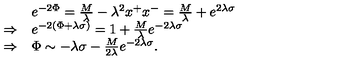
\begin{array} { l l } { \ } & { e ^ { - 2 \Phi } = { \frac { M } { \lambda } } - \lambda ^ { 2 } x ^ { + } x ^ { - } = { \frac { M } { \lambda } } + e ^ { 2 \lambda \sigma } } \\ { \Rightarrow } & { e ^ { - 2 \left( \Phi + \lambda \sigma \right) } = 1 + { \frac { M } { \lambda } } e ^ { - 2 \lambda \sigma } } \\ { \Rightarrow } & { \Phi \sim - \lambda \sigma - { \frac { M } { 2 \lambda } } e ^ { - 2 \lambda \sigma } . } \\ \end{array}